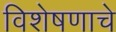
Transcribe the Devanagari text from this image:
विशेषणाचे